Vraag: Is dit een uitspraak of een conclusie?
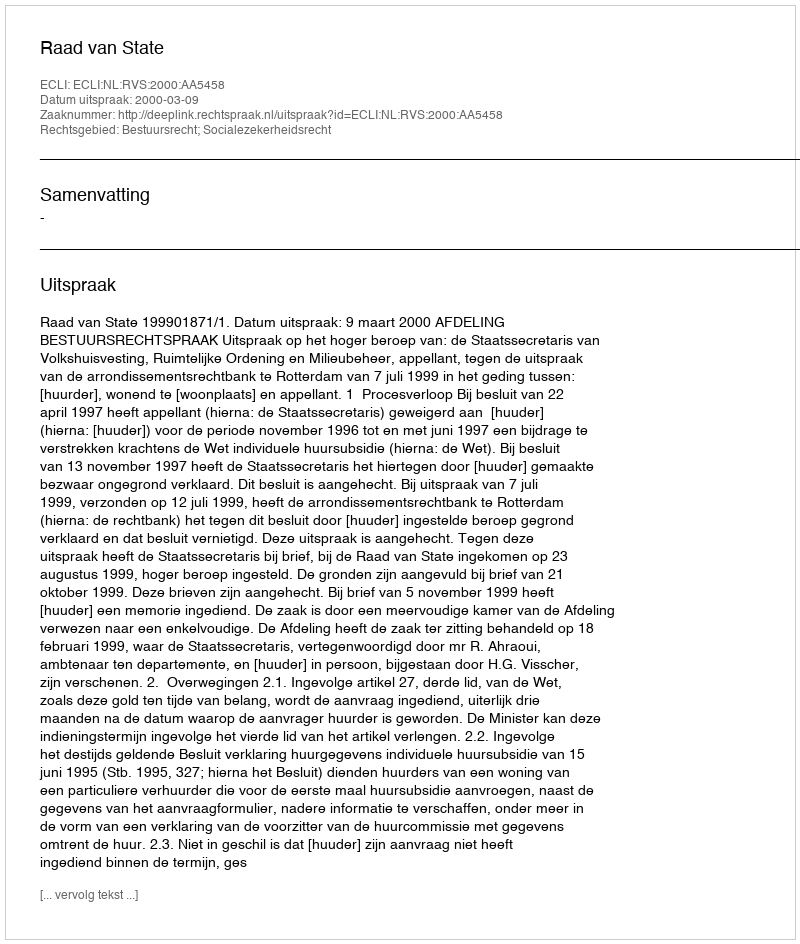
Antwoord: Uitspraak